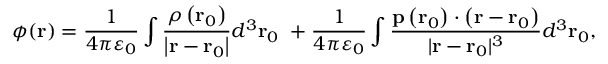
\phi ( \mathbf { r } ) = { \frac { 1 } { 4 \pi \varepsilon _ { 0 } } } \int { \frac { \rho \left( \mathbf { r } _ { 0 } \right) } { \left| \mathbf { r } - \mathbf { r } _ { 0 } \right| } } d ^ { 3 } \mathbf { r } _ { 0 } \ + { \frac { 1 } { 4 \pi \varepsilon _ { 0 } } } \int { \frac { \mathbf { p } \left( \mathbf { r } _ { 0 } \right) \cdot \left( \mathbf { r } - \mathbf { r } _ { 0 } \right) } { | \mathbf { r } - \mathbf { r } _ { 0 } | ^ { 3 } } } d ^ { 3 } \mathbf { r } _ { 0 } ,